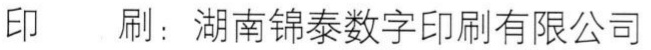
印 \ 刷：湖南锦泰数字印刷有限公司